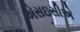
એસઇસીએ